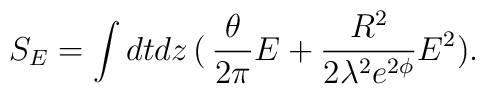
S_{E}=\int dt dz\, (\,\frac{\theta}{2\pi}E+                     \frac{R^2}{2\lambda^2 e^{2\phi}}E^2).